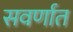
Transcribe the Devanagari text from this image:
सवर्णात